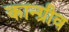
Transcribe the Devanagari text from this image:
कान्ग्रीव